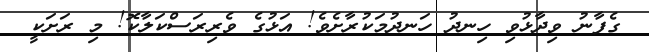
ގެފާނު ވިދާޅުވި ހިނދު ހަނދުމަކުރާށެވެ! އަޅުގެ ވެރިރަސްކަލާކޮ! މި ރަށަކީ